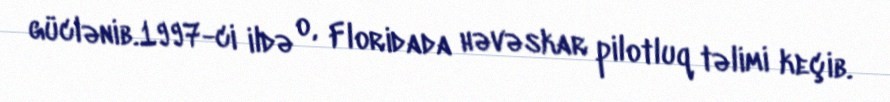
güclənib.1997-ci ildə o, Floridada həvəskar pilotluq təlimi keçib.